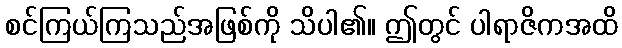
စင်ကြယ်ကြသည်အဖြစ်ကို သိပါ၏။ ဤတွင် ပါရာဇိကအထိ